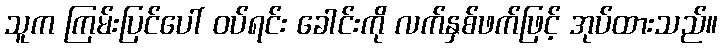
သူက ကြမ်းပြင်ပေါ် ဝပ်ရင်း ခေါင်းကို လက်နှစ်ဖက်ဖြင့် အုပ်ထားသည်။